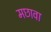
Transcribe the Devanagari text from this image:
मछावा